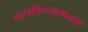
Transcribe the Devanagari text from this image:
चालविण्याकरता